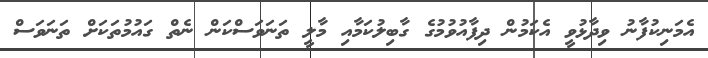
އެމަނިކުފާނު ވިދާޅުވީ އެކަމުން ދިފާއުވުމުގެ ގާބިލުކަމާއި މާލީ ތަނަވަސްކަން ނެތް ގައުމުތަކަށް ތަނަވަސް